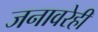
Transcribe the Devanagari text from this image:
जनावरेही